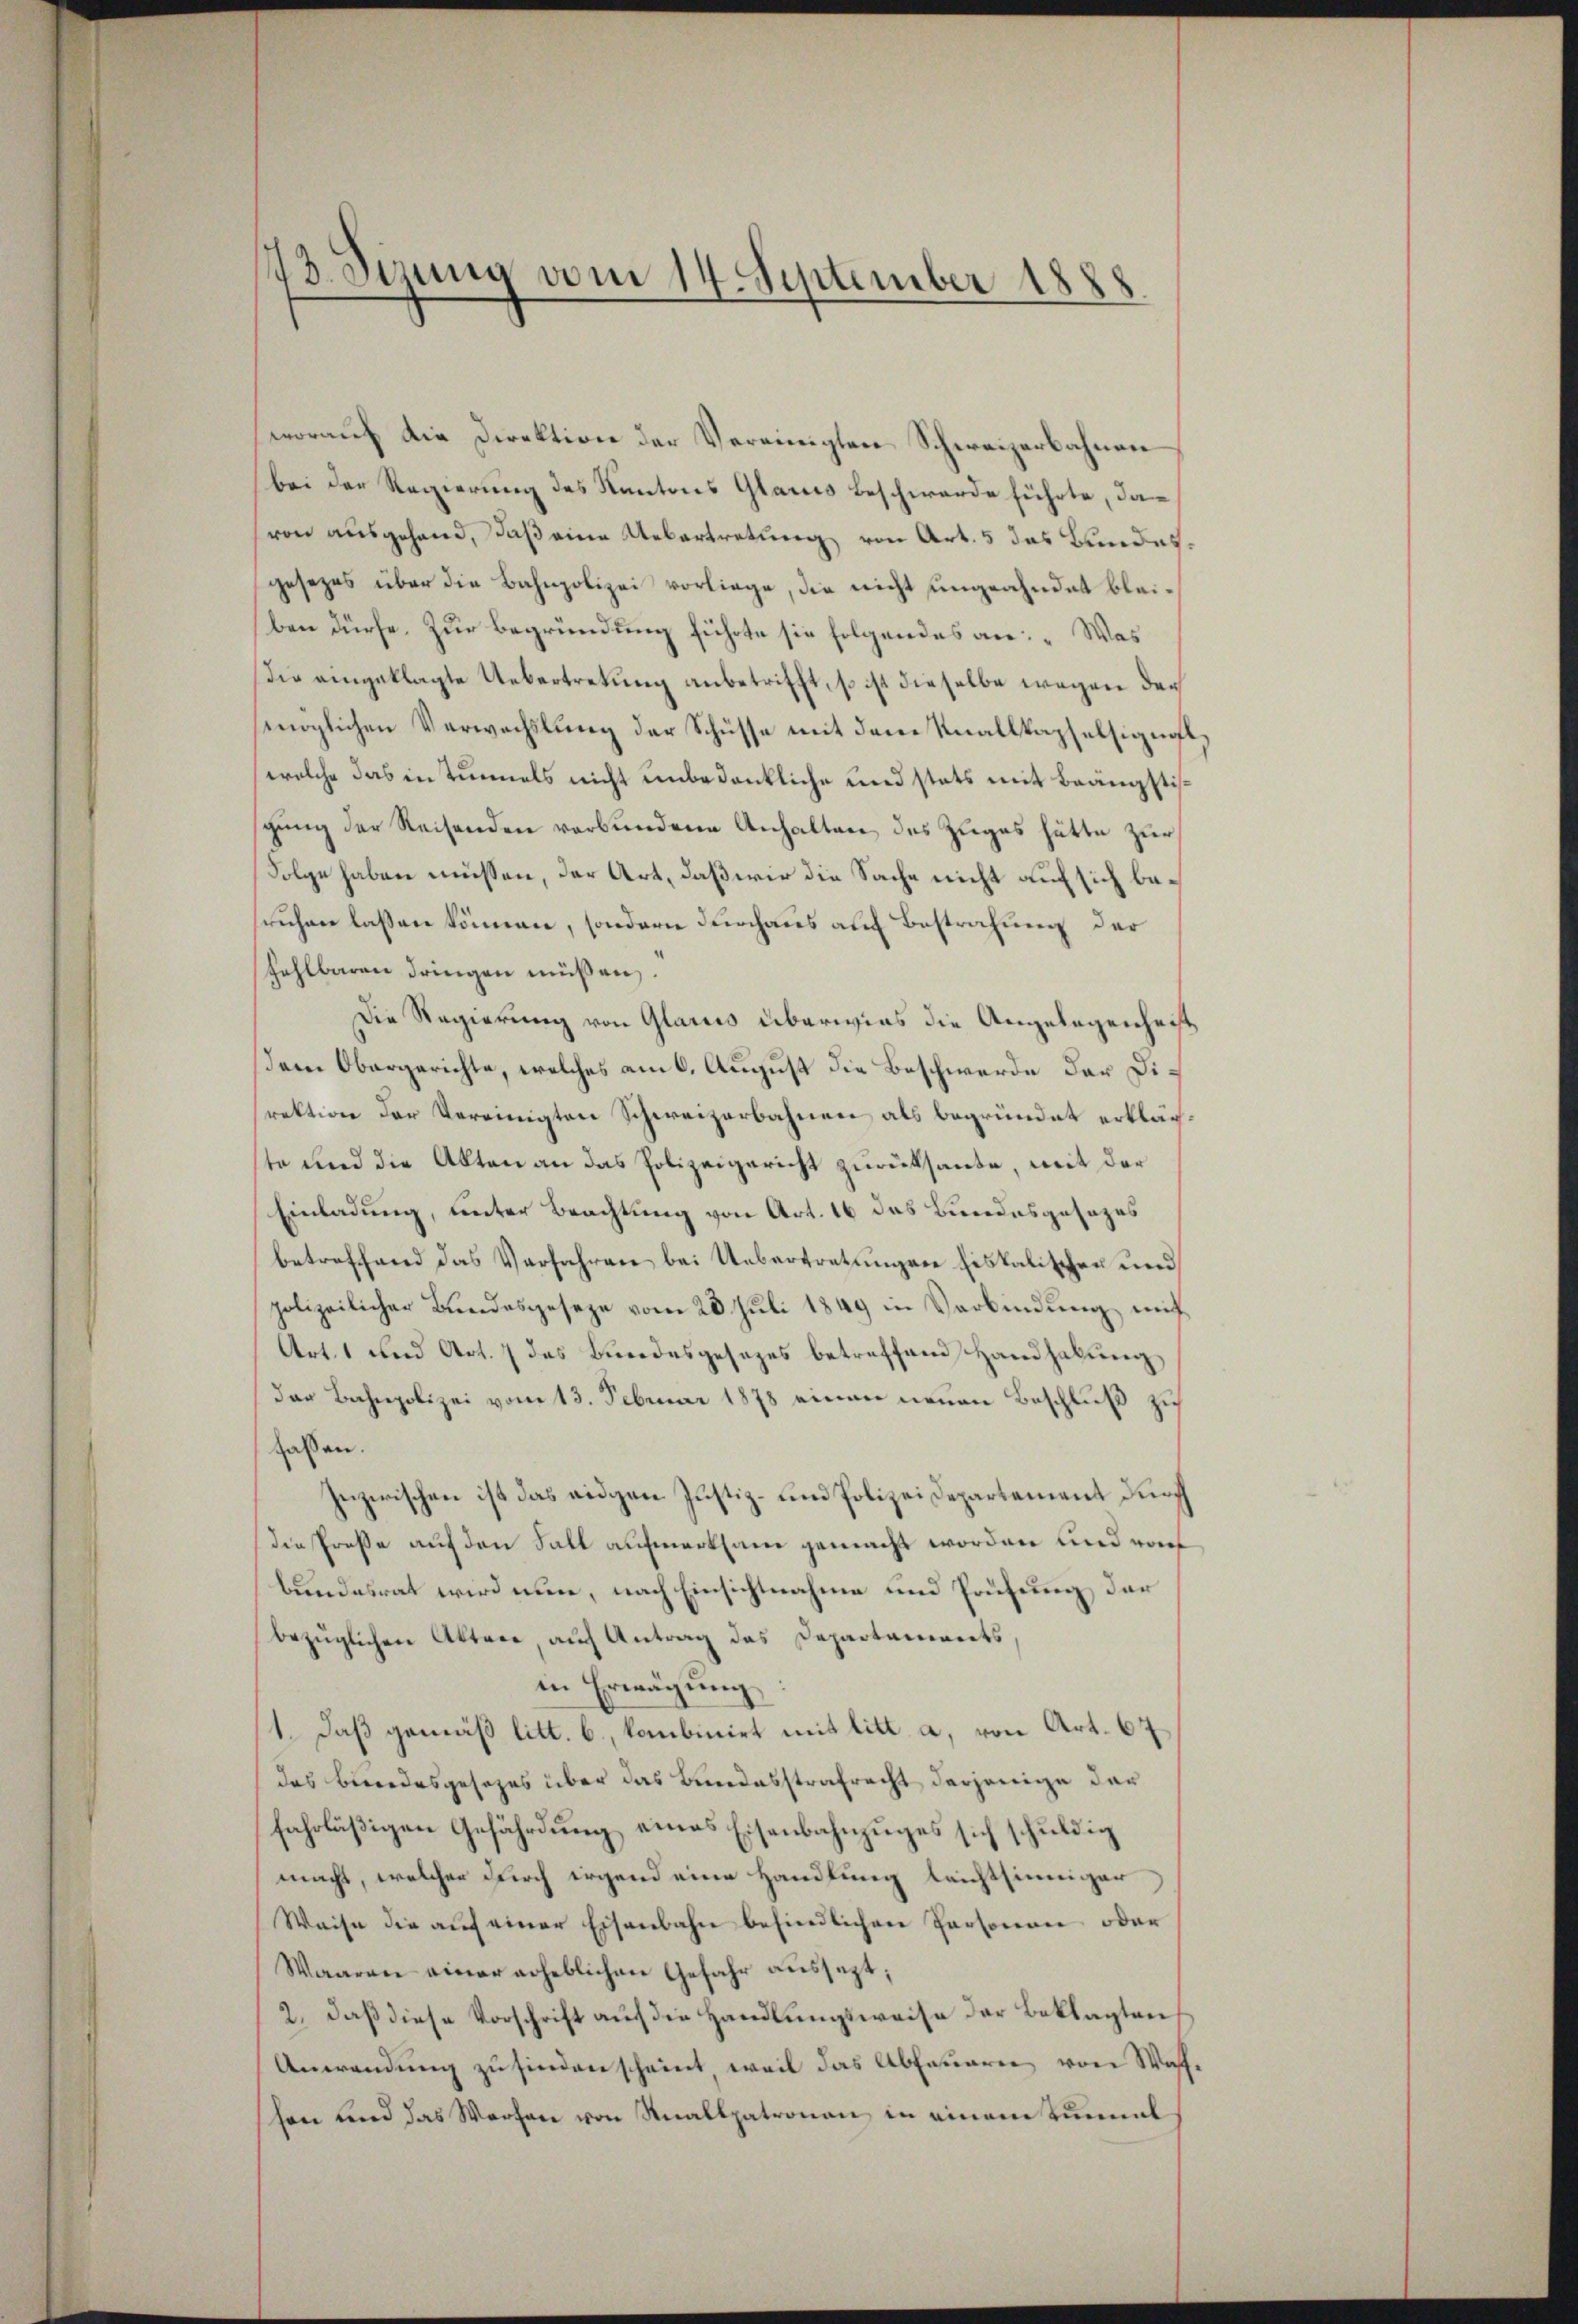
43. Sizung vom 14. September 1888.

worauf die Direktion der Vereinigten Schweizerbahnen
bei der Regierung des Kantons Glarus Beschwerde führte, davon ausgehend, daß eine Uebertretung von Art. 5 das Bundesgesezes über die Bahnpolizei vorliege, die nicht ungeahndet bleiben dürfe. Zur Begründung führte sie folgendes an: „Was
Die eingeklagte Uebertretung anbetrifft, so ist dieselbe wegen der
möglichen Verwechslung der Schüsse mit dem Knallkapselsignat,
welche das in Tunnels nicht unbedenkliche und stets mit Beängstissgung der Reisenden verbundene Anhalten des Zuges hätte zur
Folge haben müssen, der Art, daß wir die Sache nicht auf sich besruhen lassen können, sondern durchaus auf Bestrafung der
fehlbaren dringen müßen.
Die Regierung von Glarus überwies die Angelegenheit
dem Obergerichte, welches am 6. August die Beschwerde der Direktion der Vereinigten Schweizerbahnen als begründet erklärte und die Akten an das Polizeigericht zurücksamte, mit der
Einladung, unter Beachtung von Art. 16 das Bundesgesezes
betreffend das Verfahren bei Uebertretungen fiskalischen und
polizeilicher Bundesgeseze vom 20. Juli 1849 in Verbindung mit
Art. 1 und Art. 7 das Bundesgesezes betreffend Handhabŭng
der Bahnpolizei vom 13. Februar 1878 einen neuen Beschluß zu
faßen.
Zeizerischen ist das eidgen Justiz- und Polizeidepartement durch
die Preße auf den Fall aufmerksam gemacht worden und woh
bundesrat wird nun, nach Einsichtnahme und Prüfung der
bezüglichen Aktere auch Antrag das Departaments,
in Erwägung
1. Daß gemäß litt. b., kombinirt mit litt. a, von Art. 67
das Besondesgesezes über das Bundesstrafrecht derjenige der
fahrläßigen Gefährdung eines Eisenbahnzuges sich schuldig
macht, welcher durch irgend eine Handlung leichtsinniger
Weise die aŭf einer Eisenbahn befindlichen Personen oder
Waaren einer erheblichen Gefahr aussezt;
2. daß diese Vorschrift auf die Handlungsweise der Beklagten
Anwendung zu finden scheint, weil das Abfeueren von Wafhen und das Worten von Knallpatronau, in einem Einmal